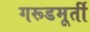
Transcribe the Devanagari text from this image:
गरूडमूर्ती